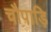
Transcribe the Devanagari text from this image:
चौपाड़ि